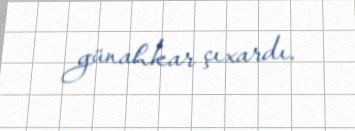
günahkar çıxardı.